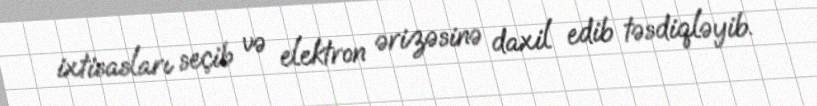
ixtisasları seçib və elektron ərizəsinə daxil edib təsdiqləyib.